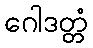
ဂေါဒတ္တံ